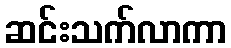
ဆင်းသက်လာကာ